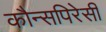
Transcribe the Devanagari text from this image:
कौन्सपिरेसी